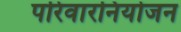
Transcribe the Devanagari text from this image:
परिवारनियोजन